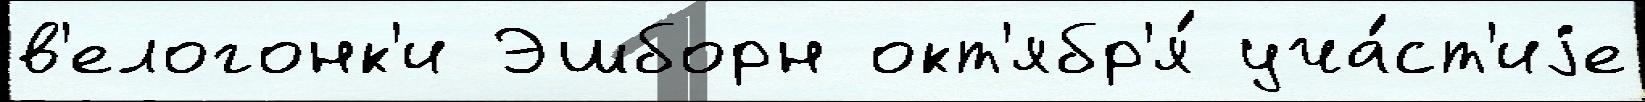
в'елогонк'и Эшборн окт'ябр'я́ уча́ст'иjе